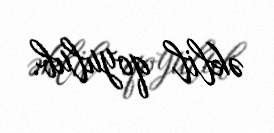
əklil qoyulub.